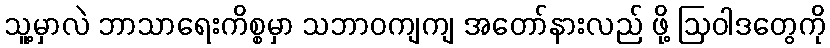
သူ့မှာလဲ ဘာသာရေးကိစ္စမှာ သဘာဝကျကျ အတော်နားလည် ဖို့ ဩဝါဒတွေကို